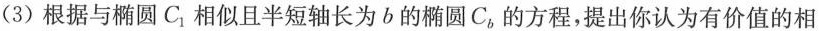
(3)根据与椭圆C_{1}相似且半短轴长为b的椭圆C_{b}的方程，提出你认为有价值的相